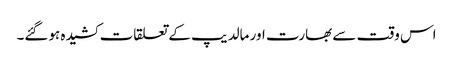
اس وقت سے بھارت اور مالدیپ کے تعلقات کشیدہ ہوگئے۔